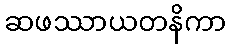
ဆဖဿာယတနိကာ